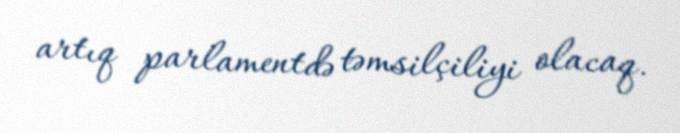
artıq parlamentdə təmsilçiliyi olacaq.